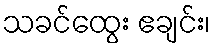
သခင်ထွေး ဧချင်း၊